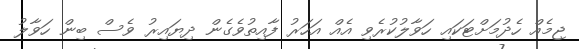
ޖިމެއް ހެދުމަށްޓަކައި ހަވާލުކުރެވި އެއް އަހަރު ފާއިތުވެގެން ދިޔައިރު ވެސް ބިން ހަވާލު